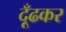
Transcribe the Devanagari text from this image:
दूँढकर